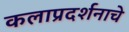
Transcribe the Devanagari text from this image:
कलाप्रदर्शनाचे